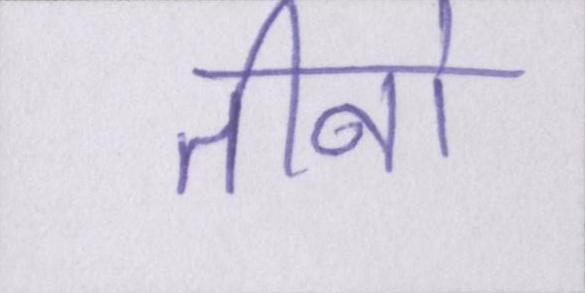
तीनो